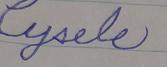
Signature authenticity: forged